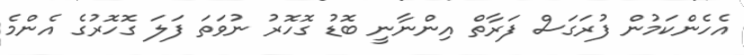
އެހެންކަމުން ފުރަގަސް ފަރާތް އިންނާނީ ބޮޑު ގޮހޮރު ނުވަތަ ފަލަ ގޮހޮރުގެ އެންމެ